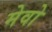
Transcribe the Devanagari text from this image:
मेवो